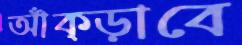
আঁক্‌ড়াবে